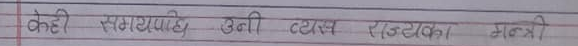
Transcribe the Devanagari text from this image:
केही सगम्लाही, उन्नी ट्याक्स रउडएका मन्त्री